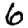
Digit: 6